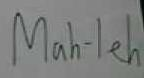
Mah-leh